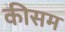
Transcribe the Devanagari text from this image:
कीसम